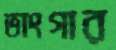
ভাংগার